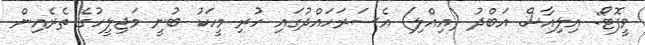
ވީފޮޓޯ: އިލިއާސް އަބްދު (އިއްލި) އެސަރަހައްދުގައި ހުރި މީހަކު ބުނީ މަޖިލީހުގެ ތެރެއިން